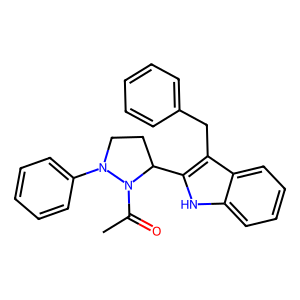
SMILES: CC(=O)N1C(c2[nH]c3ccccc3c2Cc2ccccc2)CCN1c1ccccc1
Inhibits HIV replication: No